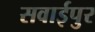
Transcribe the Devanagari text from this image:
सवाईपुर